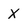
Character: X